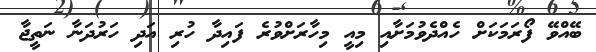
ބޭއްވޭ ފޯރަމަކަށް ހެއްދެވުމަށާއި މިއީ މިހާރަށްވުރެ ފައިދާ ހުރި އަދި ހަރުދަނާ ނަތީޖާ